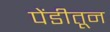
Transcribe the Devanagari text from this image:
पेंडीतून